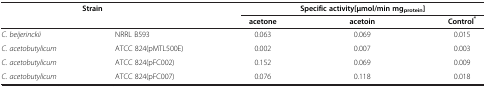
<table><thead><tr><td rowspan="2" colspan="2"><b>Strain</b></td><td colspan="3"><b>Specific activity[μmol/min mg<sub>protein</sub>]</b></td></tr><tr><td><b>acetone</b></td><td><b>acetoin</b></td><td><b>Control<sup>*</sup></b></td></tr></thead><tbody><tr><td><i>C. beijerinckii</i></td><td>NRRL B593</td><td>0.063</td><td>0.069</td><td>0.015</td></tr><tr><td><i>C. acetobutylicum</i></td><td>ATCC 824(pMTL500E)</td><td>0.002</td><td>0.007</td><td>0.003</td></tr><tr><td><i>C. acetobutylicum</i></td><td>ATCC 824(pFC002)</td><td>0.152</td><td>0.069</td><td>0.009</td></tr><tr><td><i>C. acetobutylicum</i></td><td>ATCC 824(pFC007)</td><td>0.076</td><td>0.118</td><td>0.018</td></tr></tbody></table>